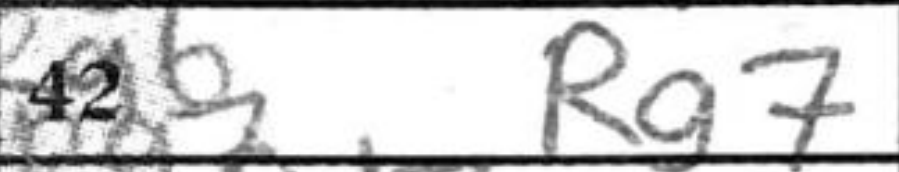
Transcription: Rg7